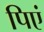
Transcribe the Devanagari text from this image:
पिएं